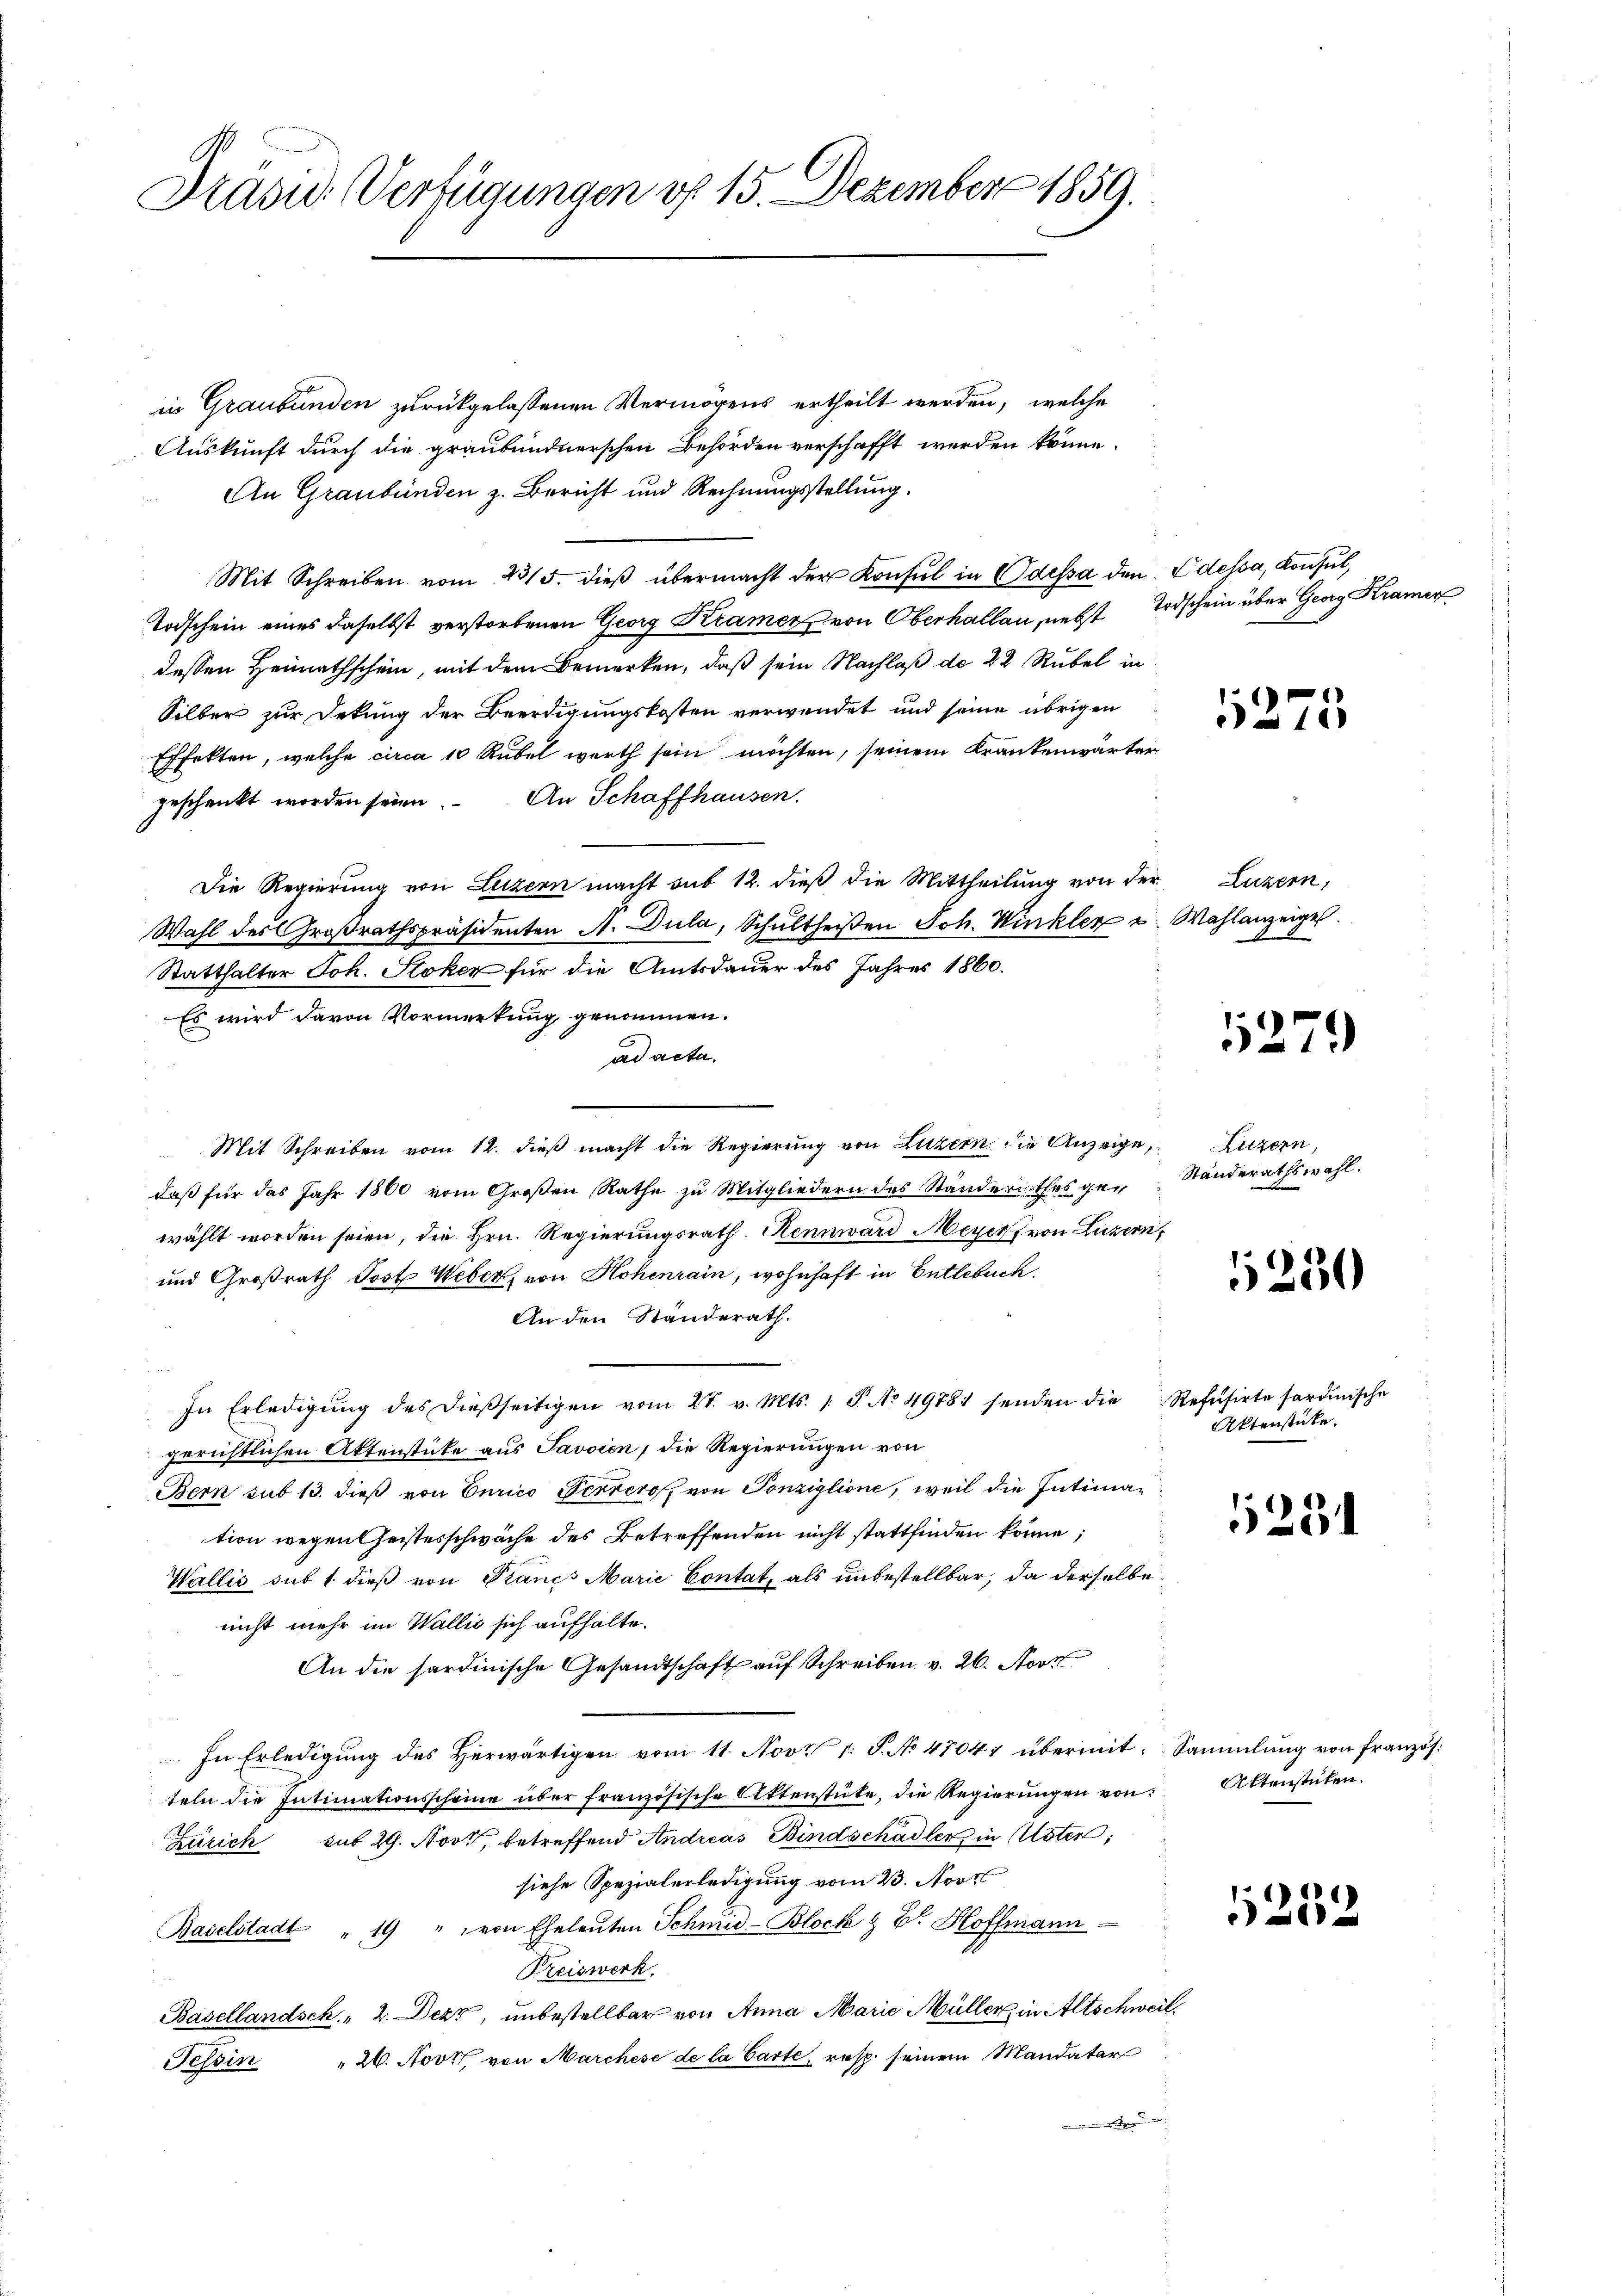
Präsid. Verfügungen vf 15. Dezember 1859.

in Graubünden zurückgelassenen Vermögens ertheilt werden, welche
Auskunft durch die graubündnerschen Behörden verschafft werden könne.
An Graubünden z. Bericht und Rechnungsstellung.
Mit Schreiben vom 23/5. dieß übermacht der Konsul in Odessa den Edessa, Konsul,
Todschein eines daselbst verstorbenen Georg Kramer von Oberhallau, nebst Todschein über Georg Kramer
dessen Heimathschein, mit dem Bemerken, daß sein Nachlaß de 22 Rubel in
Silber zur Dekung der Beerdigungskosten verwendet und seine übrigen
Effekten, welche circa 10 Rubel werth sein möchten, seinem Krankenwärter
geschenkt worden seien. An Schaffhausen.
Die Regierung von Luzern macht sub 12. dieß die Mittheilung von der Luzern,
Wahl des Großrathspräsidenten A. Dula, Schultheißen Joh. Winkler u. Wahlanzeiges.
Statthalter Joh. Stoker für die Amtsdauer des Jahres 1860.
Es wird davon Vormerkung genommen.
ad acta.
Mit Schreiben vom 12. dieß macht die Regierung von Luzern die Anzeige, Luzern,
daß für das Jahr 1860 vom Großen Rathe zu Mitgliedern des Standerathes ge-Standerathswahl.
wählt worden seien, die Hrn. Regierungsrath. Rennward Meyer von Luzern,
und Großrath Post Weber von Hohenrain, wohnhaft in Entlebuch.
An den Standerath.
In Erledigŭng des dieβseitigen vom 21. v. Mts. 1. J. No 49781 senden die Refŭsirte fordinische
gerichtlichen Aktenstücke aus Javvien, die Regierungen von
Bern sub 13. dieß von Curico Perceros von Ponziglione, weil die Intimation wegen Geistesschwäche des Betreffenden nicht stattfinden könne;
Wallis sub 1. dieß von Trancs Marie Contat, als unbestellbar, da derselbe
nicht mehr im Wallis sich aufhalte.
An die sardinische Gesandtschaft auf Schreiben v. 26. Nov
In Erledigung des Herwärtigen vom 11. Nov. 1. P. No 47047 übermit Sammlung von französ.
teln die Intimationsscheine über französische Aktenstüke, die Regierŭngen von Attenstüken.
Zürich sub 29. Nov. betreffend Andreas Bindschadler in Uster,
siehe Spezialerledigung vom 23. Nove
Baselstadt " 19 " von Eheleuten Schmid-Block & Dr Hoffmann
Preiswerk.
Basellandsch. 2. Dekt, unbestellbar von Anna Marie Müller in Altschweil.
26. Novt von Marchese de la Carte, resp. seinem Mandatar
Tessin
e

11275

5279

1250

Aktenstücke.

5254

5252